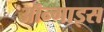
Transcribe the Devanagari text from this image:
ऑन्गाइस